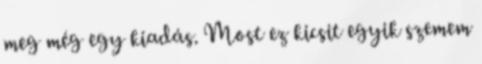
meg még egy kiadás. Most ez kicsit egyik szemem